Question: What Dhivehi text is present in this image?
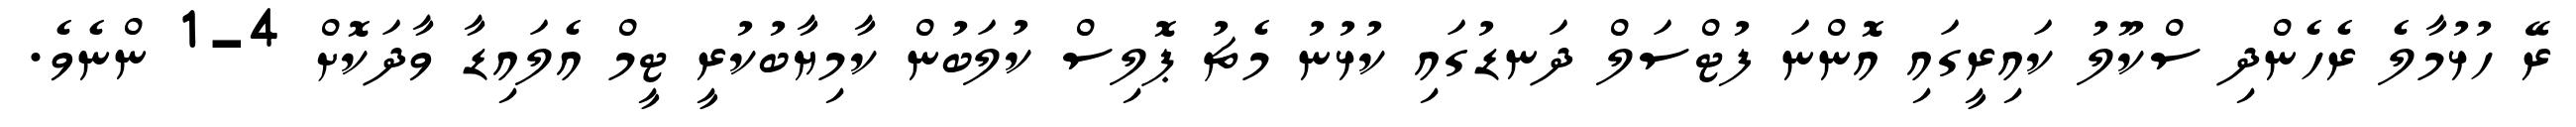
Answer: ރޭ ހުޅުމާލެ ރެހެންދި ސްކޫލު ކައިރީގައި އޮންނަ ފުޓްސަލް ދަނޑުގައި ކުޅުނު މެޗު ޕޮލިސް ކުލަބުން ކާމިޔާބުކުރީ ޓީމް އެލައިޑާ ވާދަކޮށް 4-1 ންނެވެ.